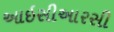
આઇસીઆરસી